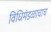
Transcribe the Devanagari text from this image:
विधिमंडळाचाच